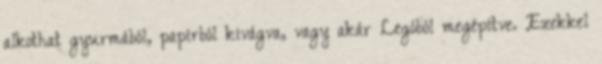
alkothat gyurmából, papírból kivágva, vagy akár Legóból megépítve. Ezekkel